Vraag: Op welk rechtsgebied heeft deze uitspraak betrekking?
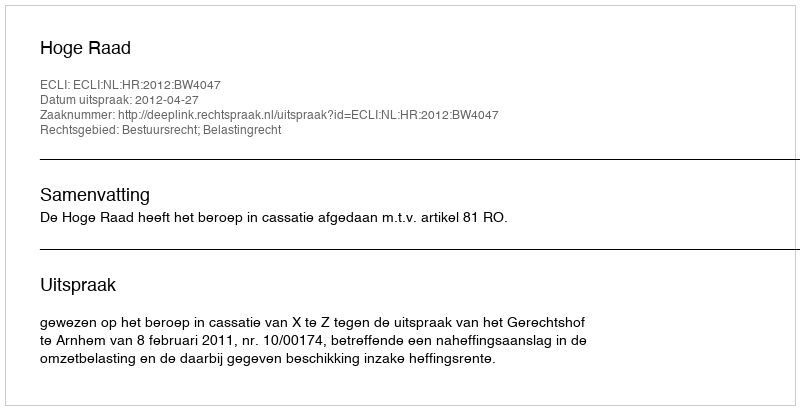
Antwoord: Bestuursrecht; Belastingrecht